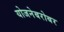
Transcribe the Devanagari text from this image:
योजनेबरोबर